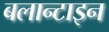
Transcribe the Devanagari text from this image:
बलान्टाइन